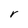
Character: r